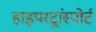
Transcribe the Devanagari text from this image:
हाइपरट्रांस्पोर्ट